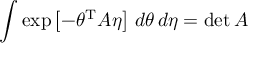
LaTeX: \int \exp \left[ - \theta ^ { \mathrm { { T } } } A \eta \right] \, d \theta \, d \eta = \operatorname* { d e t } A